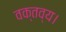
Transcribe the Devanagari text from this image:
वक्तव्य।